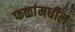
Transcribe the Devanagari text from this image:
फळांमधील